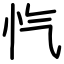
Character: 忾